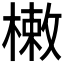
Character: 𣙙